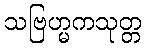
သဗြဟ္မကသုတ္တ